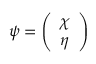
\psi = { \left( \begin{array} { l } { \chi } \\ { \eta } \end{array} \right) }